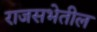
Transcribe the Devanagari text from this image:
राजसभेतील